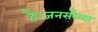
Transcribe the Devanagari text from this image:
है।जनसँख्या